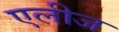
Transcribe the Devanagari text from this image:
एलीज